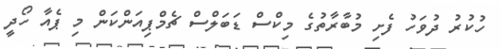
ހުކުރު ދުވަހު ފެށި މުބާރާތުގެ މިކްސް ޑަބަލްސް ޗެމްޕިއަންކަން މި ޕެއާ ހޯދީ